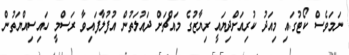
ނަމަވެސް ކޯޓުގައި މިއަދު ކުރިއަށްދިޔައީ ރިޔާޒުގެ މައްޗަށް ދައުލަތުން އުފުލާފައިވާ ރަސްމީ ހައިސިއްޔަތުން